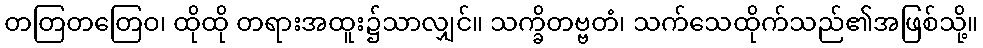
တတြတတြေဝ၊ ထိုထို တရားအထူး၌သာလျှင်။ သက္ခိတဗ္ဗတံ၊ သက်သေထိုက်သည်၏အဖြစ်သို့။